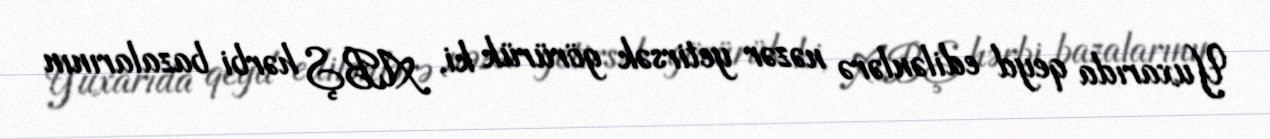
Yuxarıda qeyd edilənlərə nəzər yetirsək görürük ki, ABŞ hərbi bazalarının